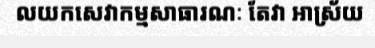
លយកសេវាកម្មសាធារណៈ តែវា អាស្រ័យ